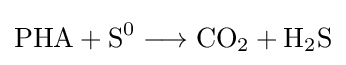
{\mathrm {PHA} {}+{}\mathrm {S} {\vphantom {A}}^{0}{}\mathrel {\longrightarrow } {}\mathrm {CO} {\vphantom {A}}_{\smash[{t}]{2}}{}+{}\mathrm {H} {\vphantom {A}}_{\smash[{t}]{2}}\mathrm {S} }